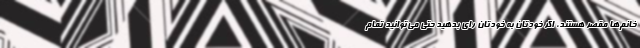
خانم‌ها مقصر هستند، اگر خودتان به خودتان راي بدهيد حتي مي‌توانيد تمام